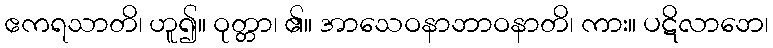
ဧကရသာတိ၊ ဟူ၍။ ဝုတ္တာ၊ ၏။ အာသေဝနာဘာဝနာတိ၊ ကား။ ပဋိလာဘေ၊